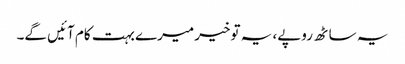
یہ ساٹھ روپے، یہ توخیر میرے بہت کام آئیں گے۔